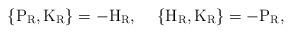
LaTeX: \begin{align*}\{ {\rm P}_{\rm R} , {\rm K}_{\rm R} \} = - {\rm H}_{\rm R} ,\hspace{5 mm}\{ {\rm H}_{\rm R} , {\rm K}_{\rm R} \} = - {\rm P}_{\rm R},\end{align*}